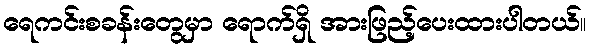
ရေကင်းစခန်းတွေမှာ ရောက်ရှိ အားဖြည့်ပေးထားပါတယ်။